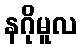
နဂိုမူလ